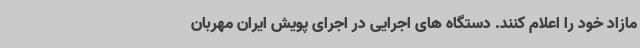
مازاد خود را اعلام کنند. دستگاه های اجرایی در اجرای پویش ایران مهربان